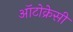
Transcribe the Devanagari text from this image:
ऑटोक्रेसी